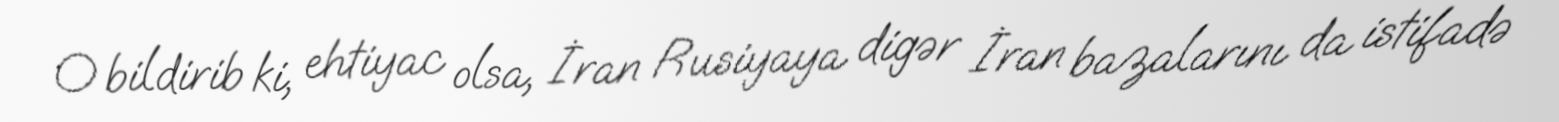
O bildirib ki, ehtiyac olsa, İran Rusiyaya digər İran bazalarını da istifadə